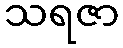
သရဇာ